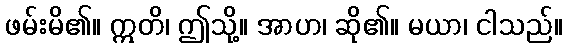
ဖမ်းမိ၏။ ဣတိ၊ ဤသို့။ အာဟ၊ ဆို၏။ မယာ၊ ငါသည်။